Punjab Mental Hospital Lahore 1932-46 - 1932-1946
Year: 1932
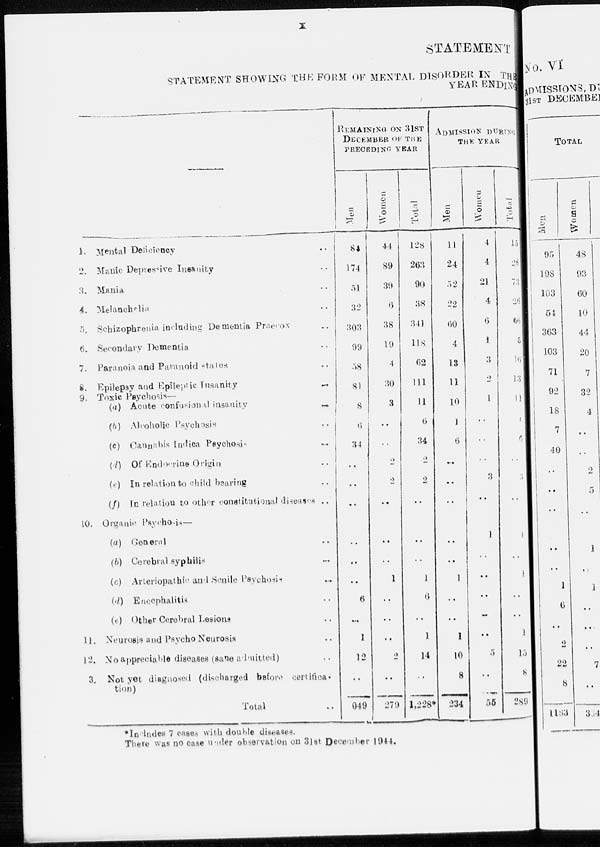
x
STATEMENT
STATEMENT SHOWING THE FORM OF MENTAL DISORDER IN THE
YEAR ENDING
–––
1.
2.
3
4.
5
6.
7.
8.
9.
10.
11.
12.
13.
Mental Deficiency ..
Manic Depressive Insanity ..
Mania ..
Melanchalia ..
Schizophrenia including Dementia Praecox ..
Secondary Dementia ..
Paranoia and Paranoid states ..
Epilepsy and Epileptic Insanity ..
Toxic Psychosis—
(a) Acute confusional insanity
..
(b) Alcoholic
Psychsis
..
(c)
Cannabis Indica Psychosi
..
(d) Of Endocrine Origin ..
(e) In relation to child bearing ..
(f)
In relation to other constitutional diseases ..
Origanic Psychosis—
(a)
General ..
(b) Cerebral syphilis ..
(c) Arteriopathic and Senile Psychosis ..
(d) Encephalitis ..
(e) Other Cerebral Lesions ..
Neurosis and Psycho Neurosis ..
No appreciable diseases (sane admitted) ..
Not yet diagnosed (discharged before certifica-
tion)
Total ...
REMAINING ON 31ST
DECEMBER OF THE
PRECEDING YEAR
Men
84
174
51
32
303
99
58
81
8
6
34
..
..
..
..
..
..
6
..
1
12
..
949
Women
44
89
39
6
38
19
4
30
3
..
..
2
2
..
..
..
1
..
..
..
2
..
279
Total
128
263
90
38
341
118
62
111
11
6
34
2
2
..
..
..
1
6
..
1
14
..
1,228*
ADMISSION DURING
THE YEAR
Men
11
24
52
22
60
4
13
11
10
1
6
..
..
..
..
..
1
..
..
1
10
8
234
Women
4
4
21
4
6
1
3
2
l
..
..
..
3
..
1
..
..
..
..
..
5
..
55
Total
15
28
73
26
66
5
16
13
11
1
6
..
3
..
1
..
1
..
..
1
15
8
289
*Includes 7 cases with double diseases.
There was no case under observation on 31st December 1944.